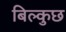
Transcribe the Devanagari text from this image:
बिल्कुछ